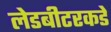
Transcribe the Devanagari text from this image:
लेडबीटरकडे